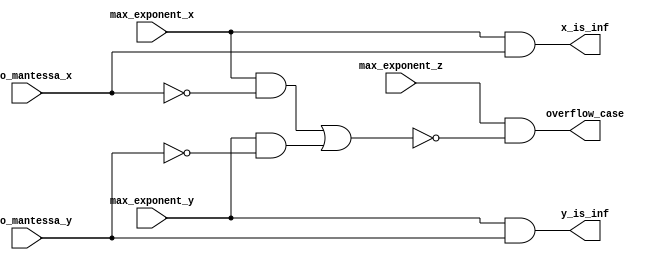
module exceptions_2 (zero_mantessa_x , zero_mantessa_y , max_exponent_x , max_exponent_y , max_exponent_z , overflow_case , x_is_inf , y_is_inf);
input zero_mantessa_x , zero_mantessa_y , max_exponent_x , max_exponent_y , max_exponent_z;
output reg overflow_case , x_is_inf , y_is_inf;
always@(*)
begin
    overflow_case = max_exponent_z & ~((max_exponent_x & ~zero_mantessa_x) || (max_exponent_y & ~zero_mantessa_y));
    x_is_inf = max_exponent_x & zero_mantessa_x;
    y_is_inf = max_exponent_y & zero_mantessa_y;
end
endmodule